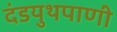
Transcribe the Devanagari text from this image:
दंडयुथपाणी